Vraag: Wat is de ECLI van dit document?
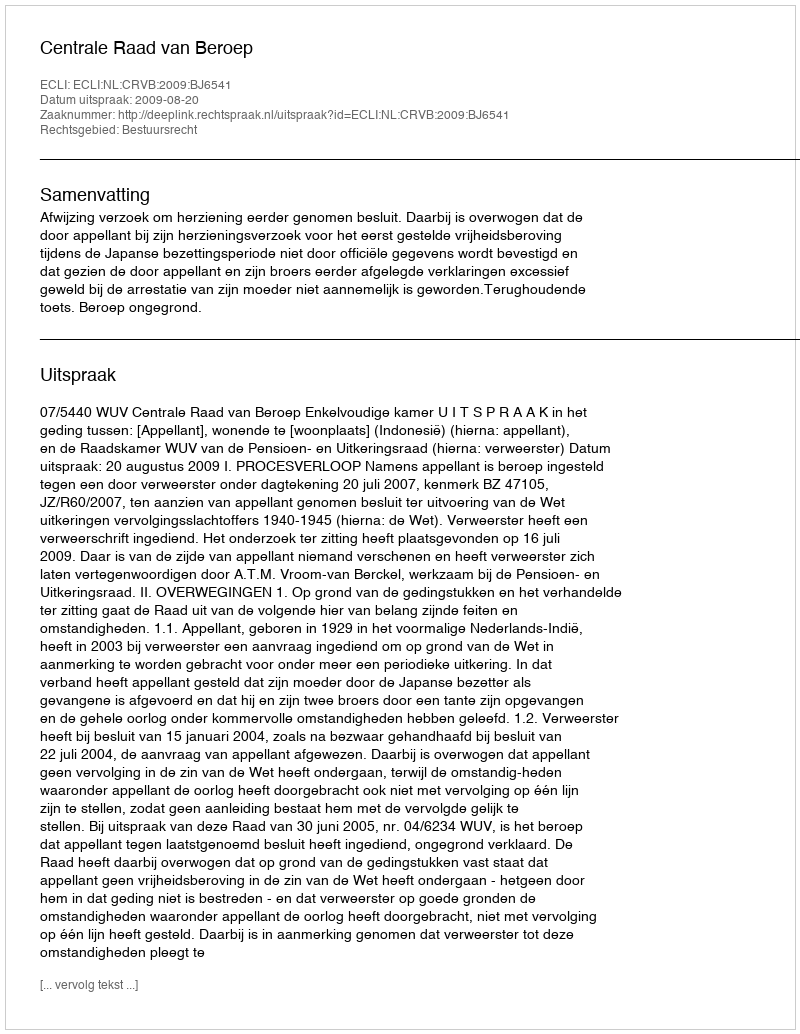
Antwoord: ECLI:NL:CRVB:2009:BJ6541